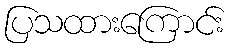
ပြသထားကြောင်း